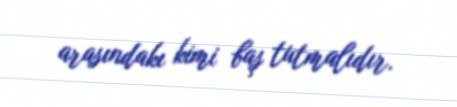
arasındakı kimi baş tutmalıdır.